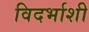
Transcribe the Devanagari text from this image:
विदर्भाशी